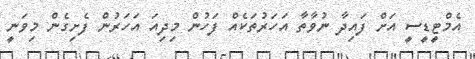
އެމްޓީޑީސީ އަށް ފައިދާ ނުވާތާ އަހަރުތަކެއް ފަހުން މިދިއަ އަހަރުން ފެށިގެން މިވަނީ